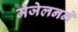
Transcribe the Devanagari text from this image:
मेजेलनने